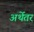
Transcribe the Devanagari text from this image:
अर्थेतर